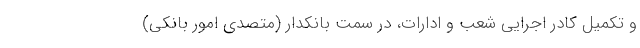
و تکمیل کادر اجرایی شعب و ادارات، در سمت بانکدار (متصدی امور بانکی)